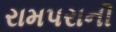
રામપરાની